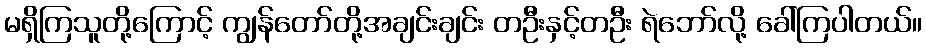
မရှိကြသူတို့ကြောင့် ကျွန်တော်တို့အချင်းချင်း တဦးနှင့်တဦး ရဲဘော်လို့ ခေါ်ကြပါတယ်။